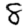
Digit: 8